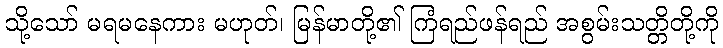
သို့သော် မရမနေကား မဟုတ်၊ မြန်မာတို့၏ ကြံရည်ဖန်ရည် အစွမ်းသတ္တိတို့ကို